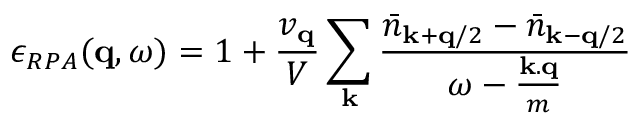
\epsilon _ { R P A } ( { \bf { q } } , \omega ) = 1 + \frac { v _ { { \bf { q } } } } { V } \sum _ { { \bf { k } } } \frac { { \bar { n } } _ { { \bf { k } } + { \bf { q } } / 2 } - { \bar { n } } _ { { \bf { k } } - { \bf { q } } / 2 } } { \omega - \frac { { \bf { k . q } } } { m } }